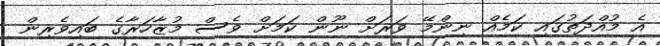
އެ މުއްދަތުގައި ކަމެއް ނިންމޭ ވަރަށް ނޫން ކަމަށް ވެސް މުޒާހަރާގެ ބައިވެރިން